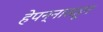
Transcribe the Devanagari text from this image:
हेपन्नासहून